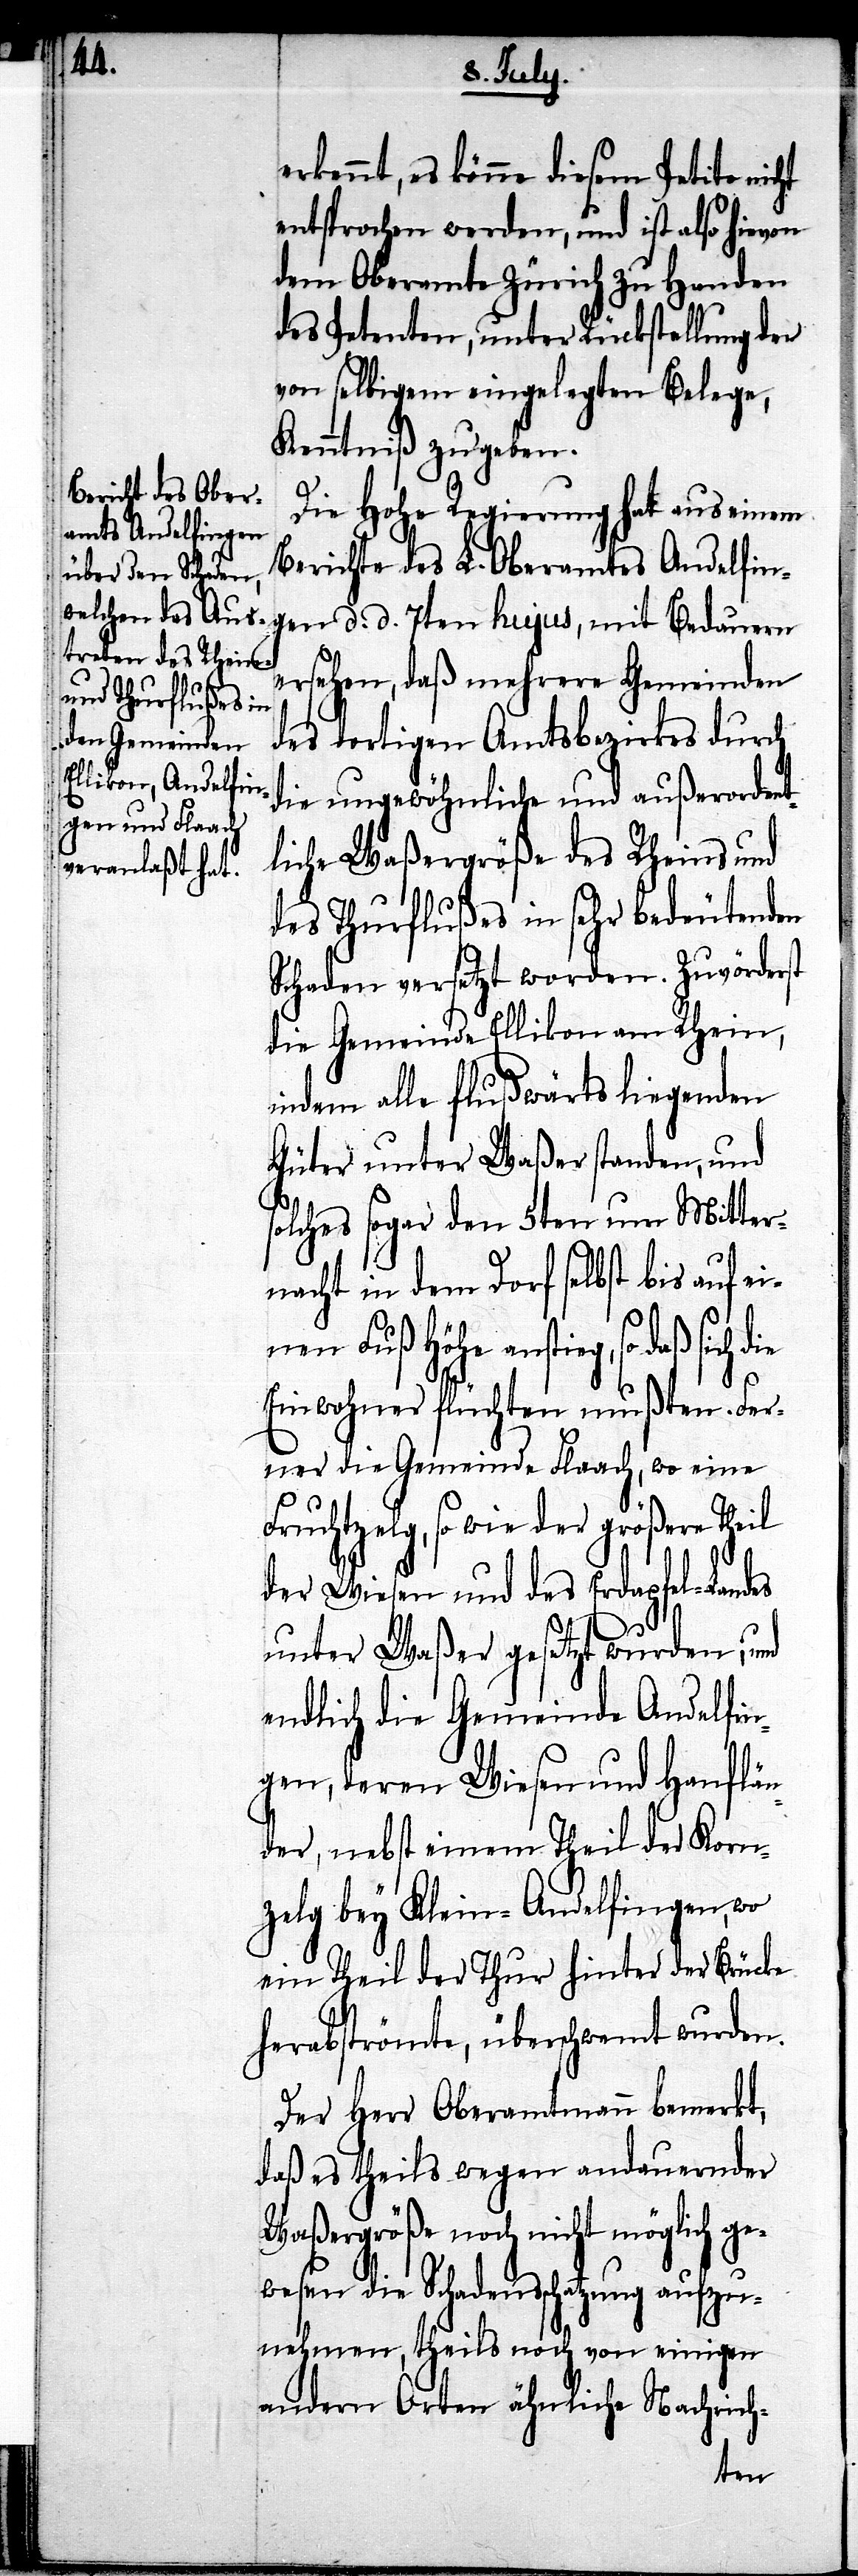
erkennt, es könne diesem Petito nicht
entsprochen werden, und ist also hievon
dem Oberamte Zürich zu Handen
des Petenten, unter Rückstellung der
von selbigem eingelegten Belege,
Kenntniß zu geben.
Die Hohe Regierung hat aus einem
Berichte des L. Oberamtes Andelfing¬
sehen, daß mehrere Gemeinden
des dortigen Amtsbezirkes durch
die ungewöhnliche und außerordent¬
liche Waßergröße des Rheins und
des Thurflußes in sehr bedeutenden
Schaden versetzt worden. Zuvörderst
die Gemeinde Ellikon am Rhein,
indem alle flußaufwärts liegenden
Güter unter Waßer standen, und
solches sogar den 5ten um Mitter¬
nacht in dem Dorf selbst bis auf ei¬
nen Fuß Höhe anstieg, so daß
Einwohner flüchten mußten. Fer¬
ner die Gemeinde Flaach, wo eine
Fruchtzelg, so wie der größere Theil
der Wiesen und des Erdapfel-Landes
er¬
unter Waßer gesetzt wurden; und
endlich die Gemeinde Andelfin¬
gen, deren Wiesen und Hanflän¬
der, nebst einem Theil der Korn¬
zelg bey Klein-Andelfingen, wo
ein Theil der Thur hinter der Brücke
herabströmte, überschwemt wurden.
Der Herr Oberamtmann bemerkt,
daß es theils wegen andauernder
Waßergröße noch nicht möglich ge¬
wesen die Schadensschatzung aufzu¬
nehmen, theils noch von einigen
andern Orten ähnliche Nachrich-